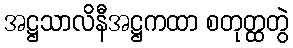
အဋ္ဌသာလိနီအဋ္ဌကထာ စတုတ္ထတွဲ